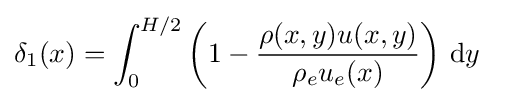
{\delta _{1}(x)}=\int _{0}^{H/2}{\left(1-{\rho (x,y)u(x,y) \over \rho _{e}u_{e}(x)}\right)\,\mathrm {d} y}\quad